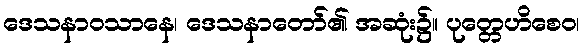
ဒေသနာဝသာနေ၊ ဒေသနာတော်၏ အဆုံး၌။ ပုတ္တေဟိစေဝ၊